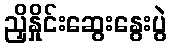
ညှိနှိုင်းဆွေးနွေးပွဲ